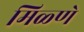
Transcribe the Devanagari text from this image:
मिळ्णे